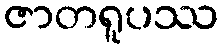
ဇာတရူပဿ